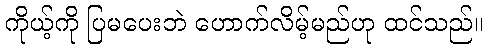
ကိုယ့်ကို ပြမပေးဘဲ ဟောက်လိမ့်မည်ဟု ထင်သည်။